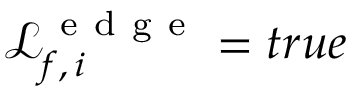
\mathcal { L } _ { f , \, i } ^ { \mathrm { ~ e ~ d ~ g ~ e ~ } } = t r u e